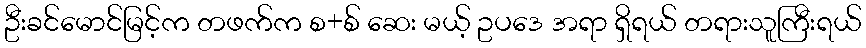
ဦးခင်မောင်မြင့်က တဖက်က စ+စ် ဆေး မယ့် ဥပဒေ အရာ ရှိရယ် တရားသူကြီးရယ်